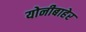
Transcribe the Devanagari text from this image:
योनीबाहेर